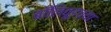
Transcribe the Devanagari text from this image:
बॉलिवूडच्या